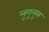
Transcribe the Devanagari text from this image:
लुगुलुस